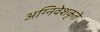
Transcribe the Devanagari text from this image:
अग्निवेशकृते